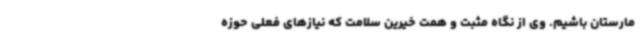
مارستان باشیم. وی از نگاه مثبت و همت خیرین سلامت که نیازهای فعلی حوزه